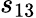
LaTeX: s_{13}